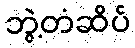
ဘွဲ့တံဆိပ်